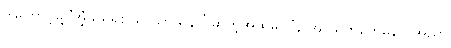
ဒါကြောင့်မို့ ‘အံ့ဖွယ်ရှစ်ဖြာ သာသနာ’ ဆိုတဲ့အထဲမှာ ‘န အာယတကေနေဝ အညာ